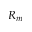
R _ { m }